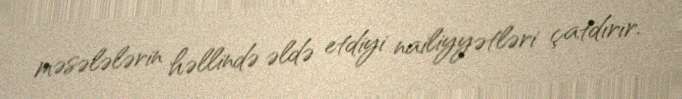
məsələlərin həllində əldə etdiyi nailiyyətləri çatdırır.